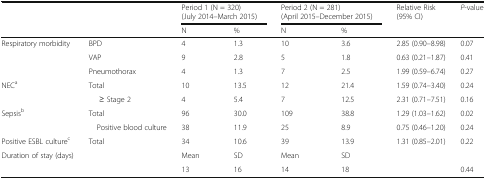
| <ROWSPAN=2-COLSPAN=2>  | <COLSPAN=2> Period 1 (N = 320)(July 2014–March 2015) | <COLSPAN=2> Period 2 (N = 281)(April 2015–December 2015) | <ROWSPAN=2> Relative Risk(95% CI) | <ROWSPAN=2> P-value |
 | N | % | N | % |
 | --- | --- | --- | --- | --- | --- | --- | --- |
 | <ROWSPAN=3> Respiratory morbidity | BPD | 4 | 1.3 | 10 | 3.6 | 2.85 (0.90–8.98) | 0.07 |
 | VAP | 9 | 2.8 | 5 | 1.8 | 0.63 (0.21–1.87) | 0.41 |
 | Pneumothorax | 4 | 1.3 | 7 | 2.5 | 1.99 (0.59–6.74) | 0.27 |
 | <ROWSPAN=2> NECa | Total | 10 | 13.5 | 12 | 21.4 | 1.59 (0.74–3.40) | 0.24 |
 | ≥ Stage 2 | 4 | 5.4 | 7 | 12.5 | 2.31 (0.71–7.51) | 0.16 |
 | <ROWSPAN=2> Sepsisb | Total | 96 | 30.0 | 109 | 38.8 | 1.29 (1.03–1.62) | 0.02 |
 | Positive blood culture | 38 | 11.9 | 25 | 8.9 | 0.75 (0.46–1.20) | 0.24 |
 | Positive ESBL culturec | Total | 34 | 10.6 | 39 | 13.9 | 1.31 (0.85–2.01) | 0.22 |
 | <ROWSPAN=2> Duration of stay (days) | <ROWSPAN=2>  | Mean | SD | Mean | SD |  |  |
 | 13 | 16 | 14 | 18 |  | 0.44 |